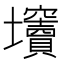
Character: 𡔍